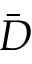
\bar { D }